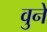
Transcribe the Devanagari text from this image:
वुने